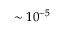
\sim 1 0 ^ { - 5 }